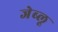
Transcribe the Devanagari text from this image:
जेब्‍लू